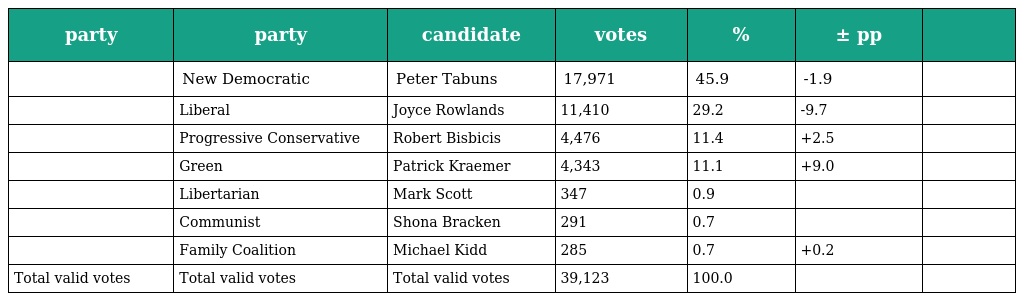
| party | party | candidate | votes | % | ± pp |  |
 | --- | --- | --- | --- | --- | --- | --- |
 |  | New Democratic | Peter Tabuns | 17,971 | 45.9 | -1.9 |  |
 |  | Liberal | Joyce Rowlands | 11,410 | 29.2 | -9.7 |  |
 |  | Progressive Conservative | Robert Bisbicis | 4,476 | 11.4 | +2.5 |  |
 |  | Green | Patrick Kraemer | 4,343 | 11.1 | +9.0 |  |
 |  | Libertarian | Mark Scott | 347 | 0.9 |  |  |
 |  | Communist | Shona Bracken | 291 | 0.7 |  |  |
 |  | Family Coalition | Michael Kidd | 285 | 0.7 | +0.2 |  |
 | Total valid votes | Total valid votes | Total valid votes | 39,123 | 100.0 |  |  |